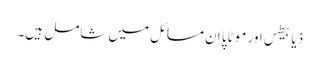
ذیابیطس اور موٹاپا ان مسائل میں شامل ہیں۔